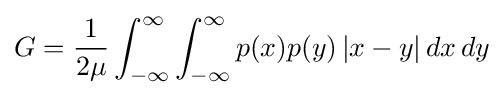
G={\frac {1}{2\mu }}\int _{-\infty }^{\infty }\int _{-\infty }^{\infty }p(x)p(y)\,|x-y|\,dx\,dy